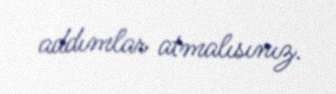
addımlar atmalısınız.